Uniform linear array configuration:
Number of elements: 32
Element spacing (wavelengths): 0.75
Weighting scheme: blackman
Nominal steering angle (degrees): -45
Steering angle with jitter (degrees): -43.05
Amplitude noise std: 0.05
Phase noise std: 0.05

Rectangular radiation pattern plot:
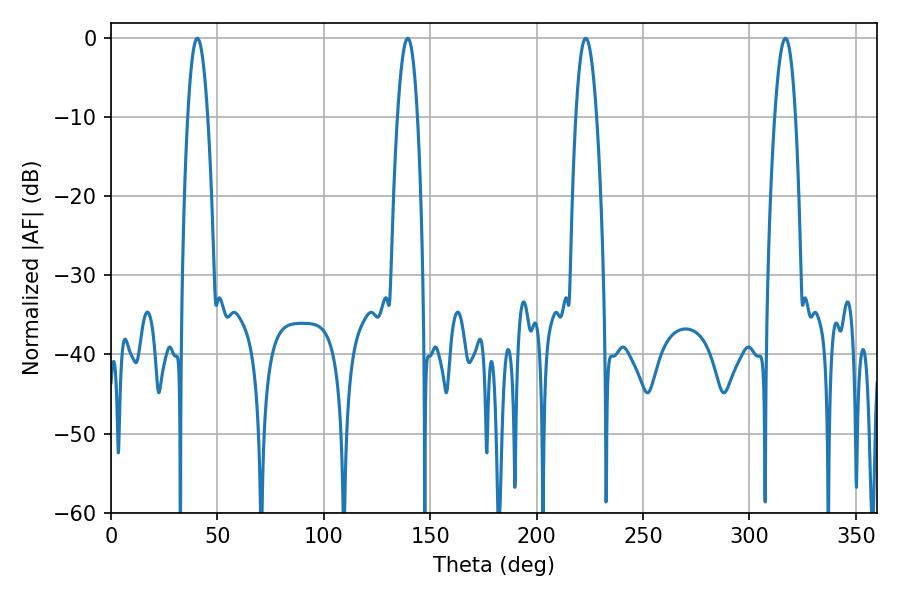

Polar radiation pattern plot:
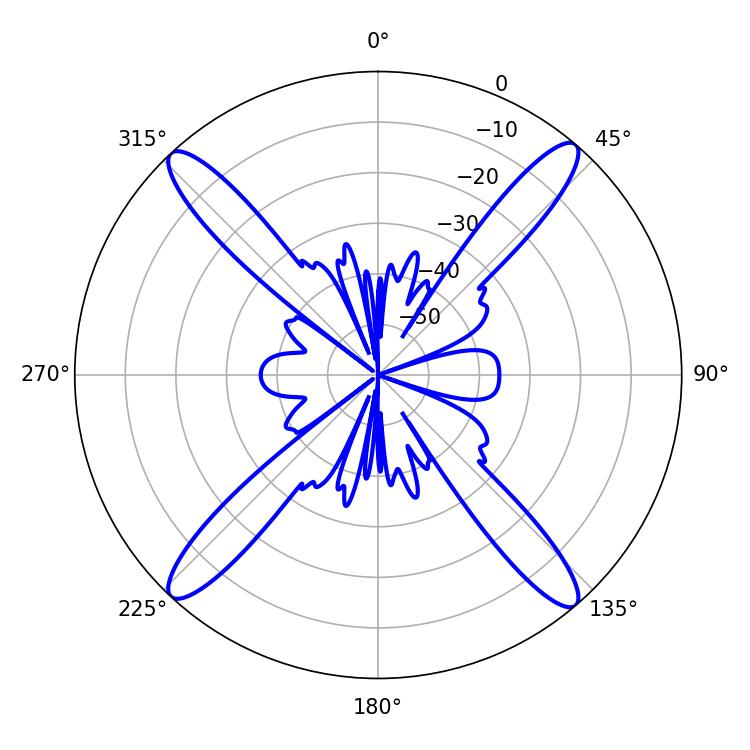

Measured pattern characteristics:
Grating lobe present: TRUE
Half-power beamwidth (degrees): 5.4
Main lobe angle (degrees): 223.02